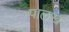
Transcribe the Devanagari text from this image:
पालख